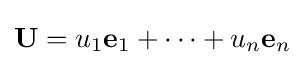
\mathbf {U} =u_{1}\mathbf {e} _{1}+\cdots +u_{n}\mathbf {e} _{n}